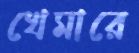
খেমারে